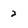
Character: 2